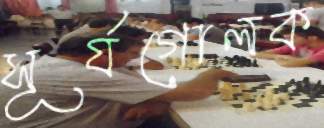
সূর্যগোলক